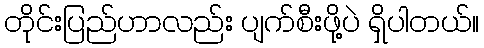
တိုင်းပြည်ဟာလည်း ပျက်စီးဖို့ပဲ ရှိပါတယ်။